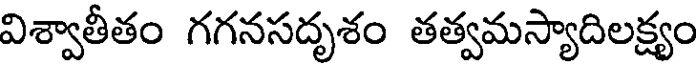
విశ్వాతీతం గగనసదృశం తత్వమస్యాదిలక్ష్యం